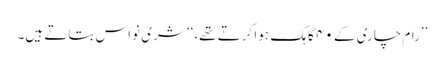
’’رام چاری کے ۴۰ گاہک ہوا کرتے تھے،‘‘ شری نواس بتاتے ہیں۔